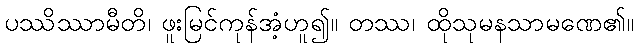
ပဿိဿာမီတိ၊ ဖူးမြင်ကုန်အံ့ဟူ၍။ တဿ၊ ထိုသုမနသာမဏေ၏။